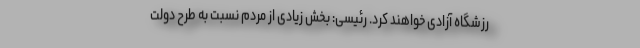
رزشگاه آزادی خواهند کرد. رئیسی: بخش زیادی از مردم نسبت به طرح دولت